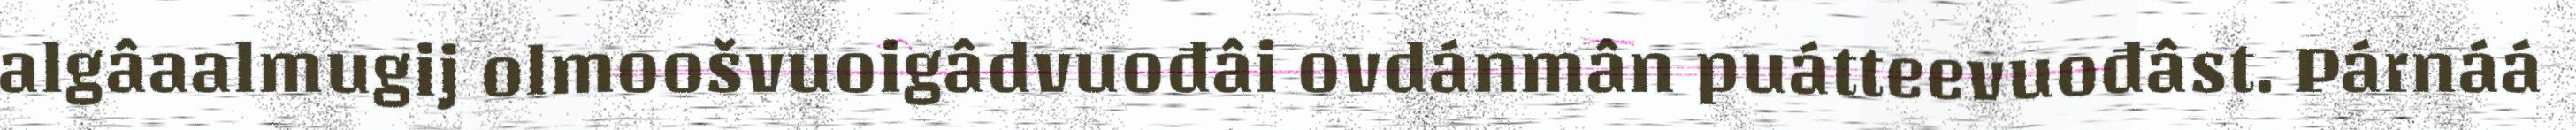
algâaalmugij olmoošvuoigâdvuođâi ovdánmân puátteevuođâst. Párnáá